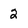
Character: 2